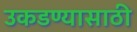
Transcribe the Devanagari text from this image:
उकडण्यासाठी